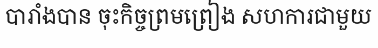
បារាំងបាន ចុះកិច្ចព្រមព្រៀង សហការជាមួយ